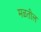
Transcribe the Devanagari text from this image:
मळतील